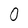
Character: O